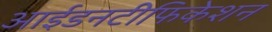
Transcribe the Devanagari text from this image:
आईडनटीफिकेशन